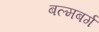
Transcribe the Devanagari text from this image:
बल्मबर्ग